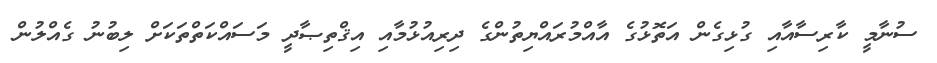
ސުނާމީ ކާރިސާއާއި ގުޅިގެން އަތޮޅުގެ އާއްމުރައްޔިތުންގެ ދިރިއުޅުމާއި އިޤްތިޞާދީ މަސައްކަތްތަކަށް ލިބުނު ގެއްލުން